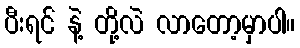
ပီးရင် နဲ့ တို့လဲ လာတော့မှာပါ။